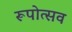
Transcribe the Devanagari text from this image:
रूपोत्सव